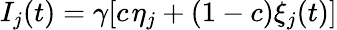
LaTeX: I_{j}(t)=\gamma[c\; \! \eta_{j}+(1-c)\xi_{j}(t)]